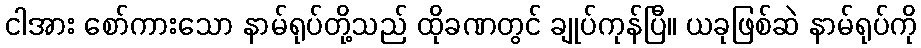
ငါအား စော်ကားသော နာမ်ရုပ်တို့သည် ထိုခဏတွင် ချုပ်ကုန်ပြီ။ ယခုဖြစ်ဆဲ နာမ်ရုပ်ကို